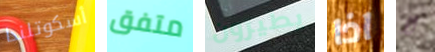
أسكوتلندا متفق يطيرون اذا لا